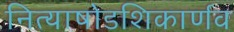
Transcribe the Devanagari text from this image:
नित्याषोडशिकार्णव